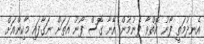
އެނދުމަތީ ފޯނު އޮތްވާ ފެނުމުން އޭނާ ގޮސް ފޯނު އަތަށް ނަގާފައި މާކިންއަށް